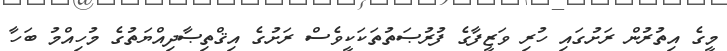
މީގެ އިތުރުން ރަށުގައި ހުރި ވަޒީފާގެ ފުރުޞަތުތަކަކީވެސް ރަށުގެ އިޤްތިޞާދިއްޔަތުގެ މުހިއްމު ބަހާ